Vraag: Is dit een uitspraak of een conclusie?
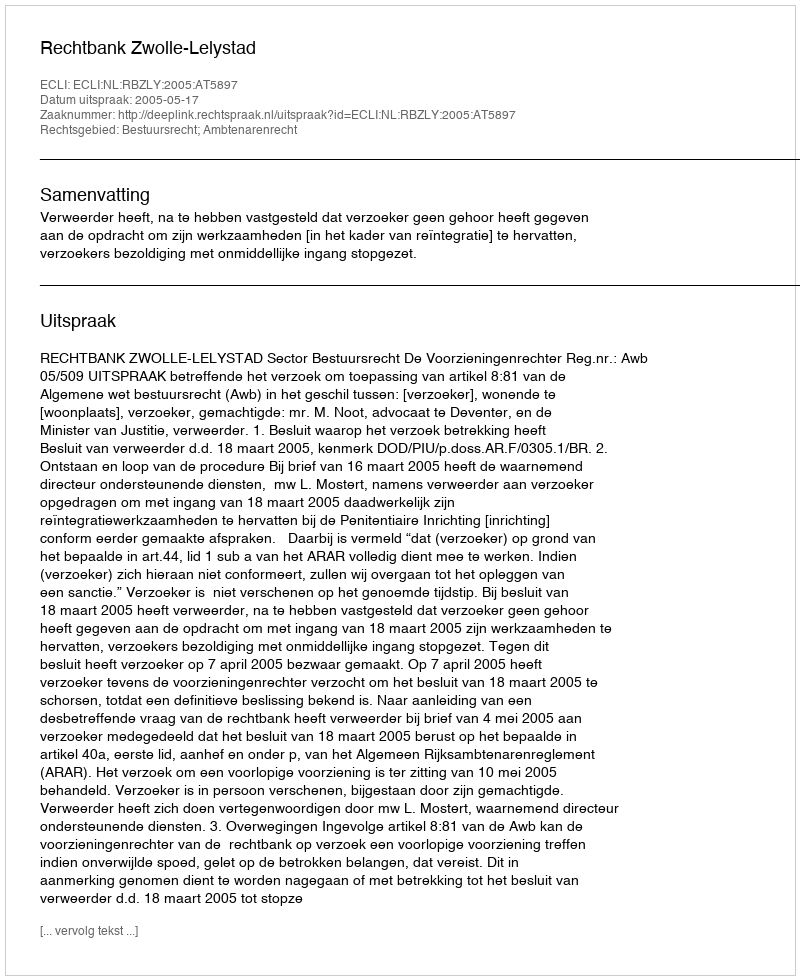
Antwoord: Uitspraak